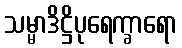
သမ္မာဒိဋ္ဌိပုရေက္ခာရော